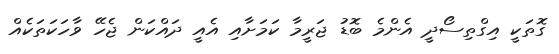
ގޮތަކީ އިގްތިސޯދީ އެންމެ ބޮޑު ޖަރީމާ ކަމަށާއި އެއީ ދައްކަން ޖެހޭ ވާހަކަތަކެއް